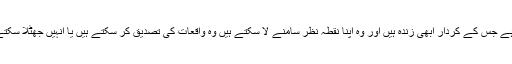
کتاب میں بہت سے ایسے واقعات کا تذکرہ ہے جس کے کردار ابھی زندہ ہیں اور وہ اپنا نقطہ نظر سامنے لا سکتے ہیں وہ واقعات کی تصدیق کر سکتے ہیں یا انہیں جھٹلا سکتے ہیں یا پھر ان کی وضاحت کر سکتے ہیں۔